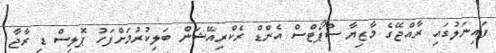
ފައިނަލުގައި ރާއްޖޭގެ މާޒިޔާ ސްޕޯޓްސް އެންޑް ރެކްރިއޭޝަން ބަލިކުރުމަށްފަހު ޕޮލިސް ޑި ރާޖާ